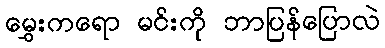
မွှေးကရော မင်းကို ဘာပြန်ပြောလဲ